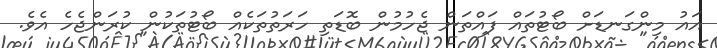
އައު މިންގަނޑަށް ބޯޓުތައް ފައްތަން ޖެހުމުން ބޮޑަތި ހަރަތުތަކެއް ބޯޓުތަކުން ކުރަންޖެހެ އެވެ.